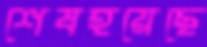
শেষহয়েছে